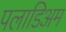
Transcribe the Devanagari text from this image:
पलाडिअम